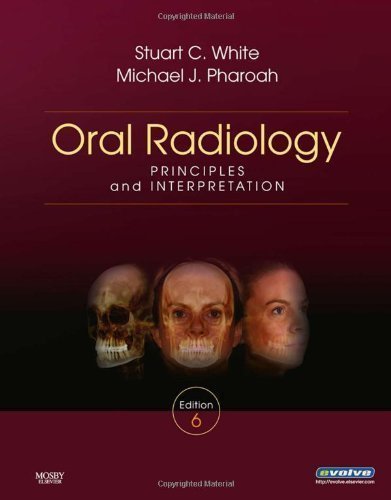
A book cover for Oral Radiology: Principles and Interpretation, 6e 6th (sixth) Edition by White DDS PhD, Stuart C., Pharoah DDS, Michael J. published by Mosby (2008); Medical Books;